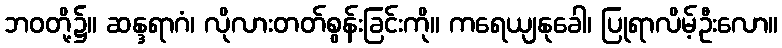
ဘဝတို့၌။ ဆန္ဒရာဂံ၊ လိုလားတတ်စွန်းခြင်းကို။ ကရေယျနုခေါ၊ ပြုရာလိမ့်ဦးလော။